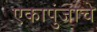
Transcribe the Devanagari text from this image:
एकापुंजाचे